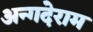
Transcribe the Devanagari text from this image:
अन्गदेराम